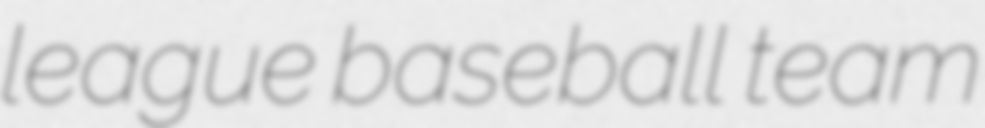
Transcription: league baseball team